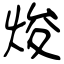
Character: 焌